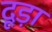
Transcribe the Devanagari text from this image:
दूड़ा